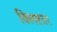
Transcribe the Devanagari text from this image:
क्लिष्टतर